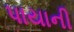
પાયાની